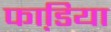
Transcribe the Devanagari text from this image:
फाडि़या